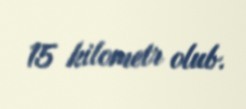
15 kilometr olub.